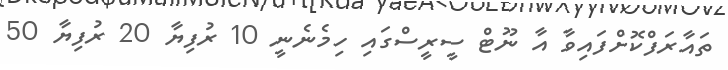
ތައާރަފްކޮށްފައިވާ އާ ނޫޓް ސީރީސްގައި ހިމެނެނީ 10 ރުފިޔާ 20 ރުފިޔާ 50